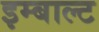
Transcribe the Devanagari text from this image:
इम्बाल्ट